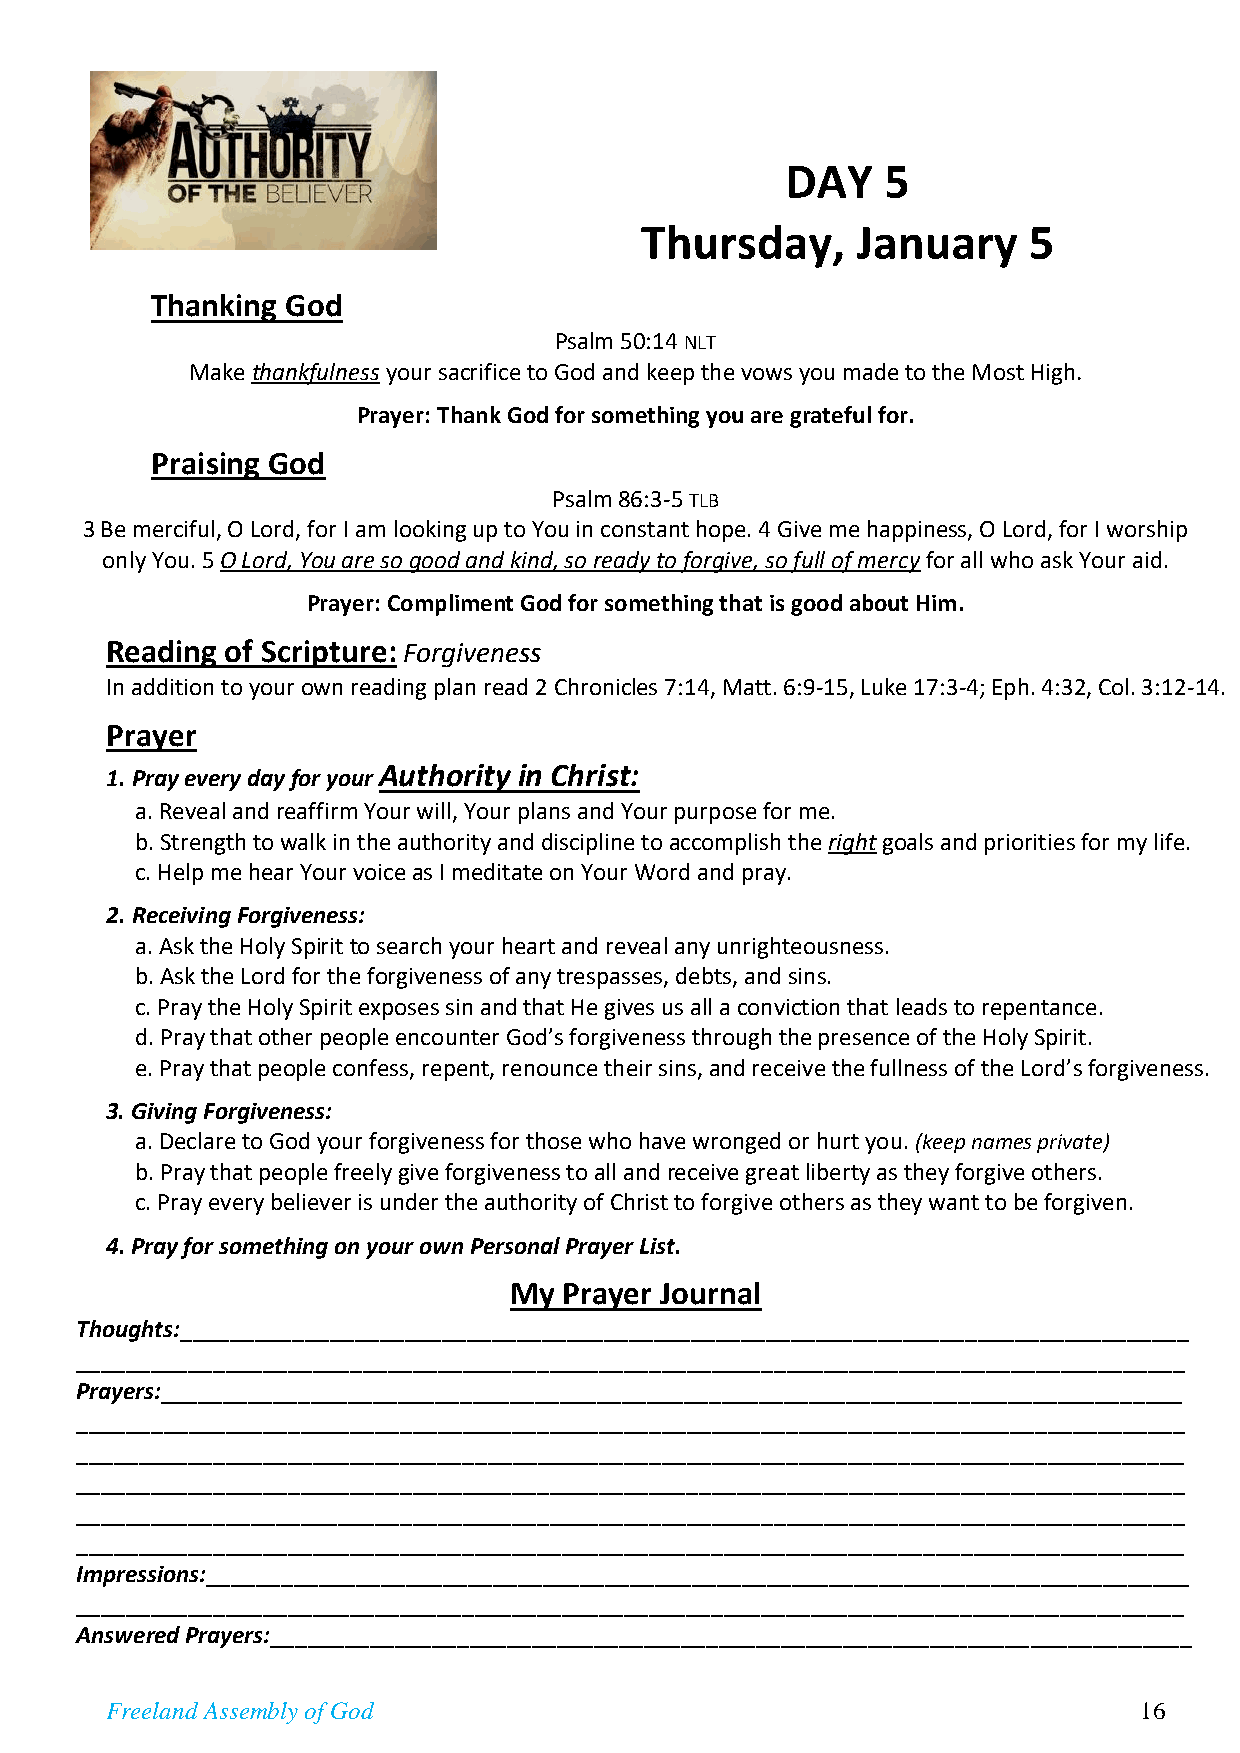
DAY    5
 Thursday,      January    5
 Thanking God
 Psalm 50:14 NLT
 Make thankfulness your sacrifice to God and keep the vows you made to the Most High.
 Prayer: Thank God for something you are grateful for.
 Praising God
 Psalm 86:3-5 TLB
 3 Be merciful, O Lord, for I am looking up to You in constant hope. 4 Give me happiness, O Lord, for I worship
 only You. 5 O Lord, You are so good and kind, so ready to forgive, so full of mercy for all who ask Your aid.
 Prayer: Compliment God for something that is good about Him.
 Reading of Scripture: Forgiveness
 In addition to your own reading plan read 2 Chronicles 7:14, Matt. 6:9-15, Luke 17:3-4; Eph. 4:32, Col. 3:12-14.
 Prayer
 1. Pray every day for your Authority in Christ:
 a. Reveal and reaffirm Your will, Your plans and Your purpose for me.
 b. Strength to walk in the authority and discipline to accomplish the right goals and priorities for my life.
 c. Help me hear Your voice as I meditate on Your Word and pray.
 2. Receiving Forgiveness:
 a. Ask the Holy Spirit to search your heart and reveal any unrighteousness.
 b. Ask the Lord for the forgiveness of any trespasses, debts, and sins.
 c. Pray the Holy Spirit exposes sin and that He gives us all a conviction that leads to repentance.
 d. Pray that other people encounter God’s forgiveness through the presence of the Holy Spirit.
 e. Pray that people confess, repent, renounce their sins, and receive the fullness of the Lord’s forgiveness.
 3. Giving Forgiveness:
 a. Declare to God your forgiveness for those who have wronged or hurt you. (keep names private)
 b. Pray that people freely give forgiveness to all and receive great liberty as they forgive others.
 c. Pray every believer is under the authority of Christ to forgive others as they want to be forgiven.
 4. Pray for something on your own Personal Prayer List.
 My Prayer Journal
 Thoughts:_________________________________________________________________________________
 _________________________________________________________________________________________
 Prayers:__________________________________________________________________________________
 _________________________________________________________________________________________
 _________________________________________________________________________________________
 _________________________________________________________________________________________
 _________________________________________________________________________________________
 _________________________________________________________________________________________
 Impressions:_______________________________________________________________________________
 _________________________________________________________________________________________
 Answered Prayers:__________________________________________________________________________
 Freeland Assembly of God                                            16